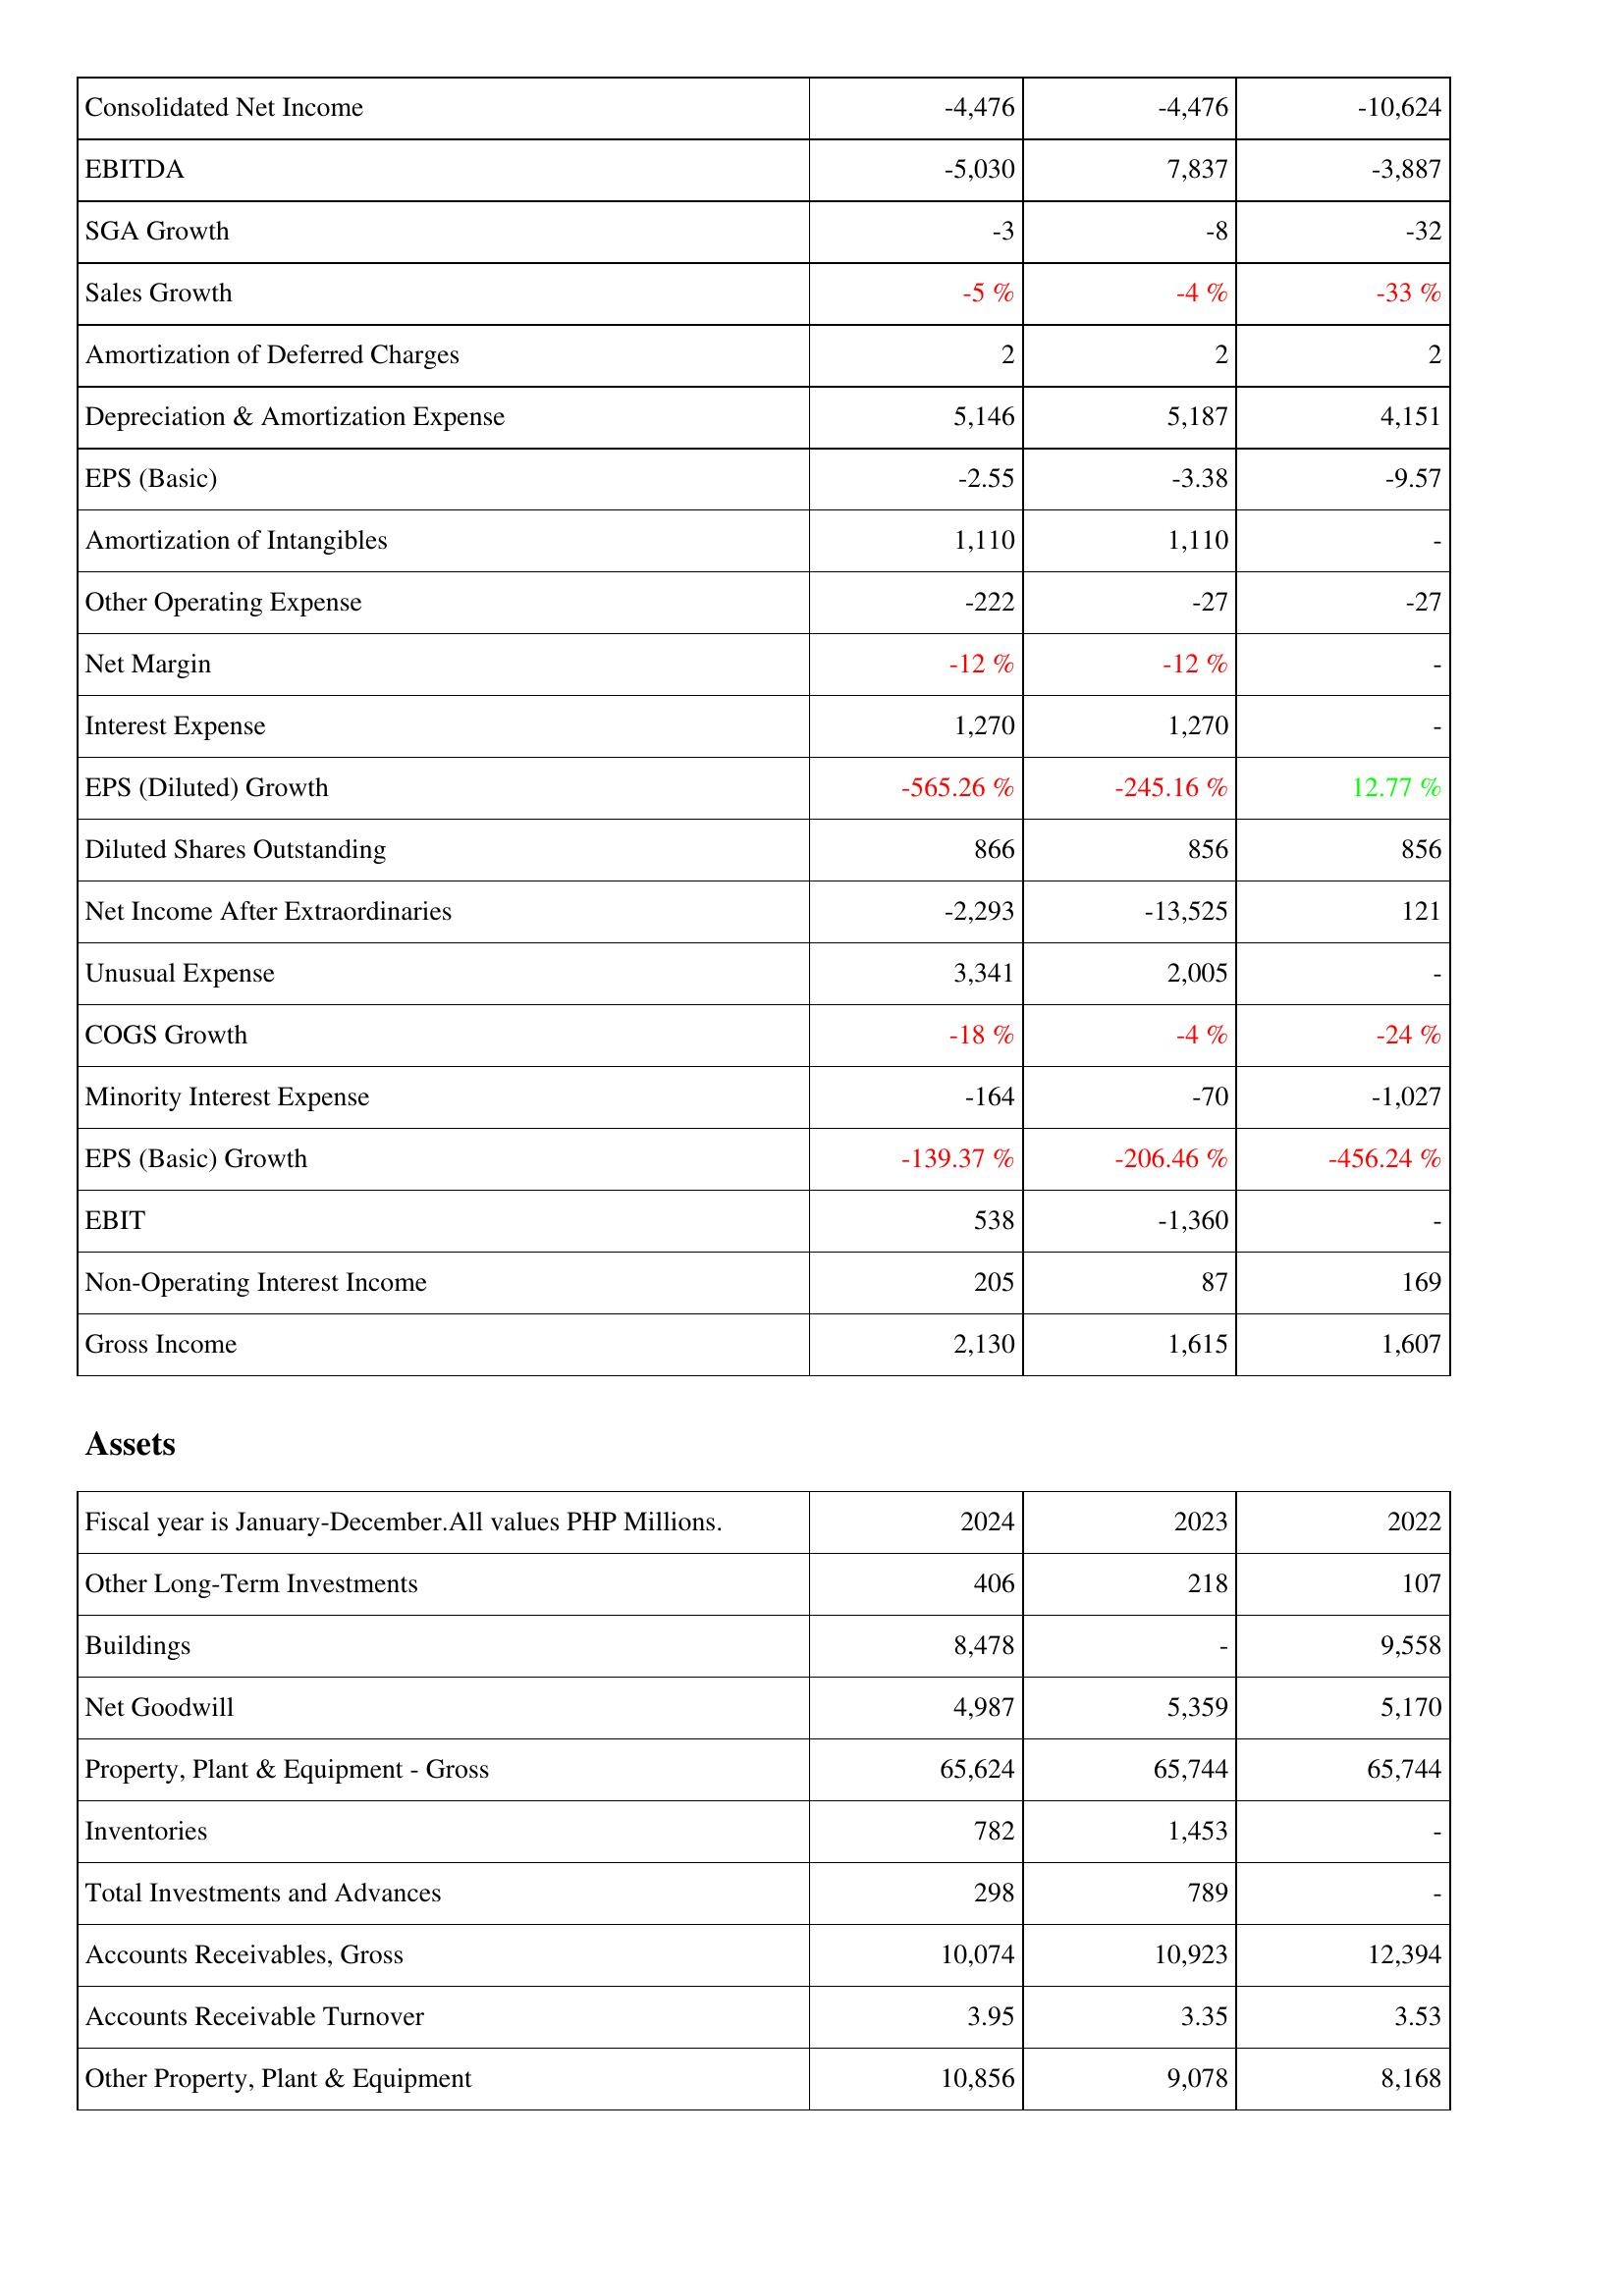
2024: Income Statement: Consolidated Net Income: -4,476
EBITDA: -5,030
SGA Growth: -3
Sales Growth: -5 %
Amortization of Deferred Charges: 2
Depreciation & Amortization Expense: 5,146
EPS (Basic): -2.55
Amortization of Intangibles: 1,110
Other Operating Expense: -222
Net Margin: -12 %
Interest Expense: 1,270
EPS (Diluted) Growth: -565.26 %
Diluted Shares Outstanding: 866
Net Income After Extraordinaries: -2,293
Unusual Expense: 3,341
COGS Growth: -18 %
Minority Interest Expense: -164
EPS (Basic) Growth: -139.37 %
EBIT: 538
Non-Operating Interest Income: 205
Gross Income: 2,130
Assets: Other Long-Term Investments: 406
Buildings: 8,478
Net Goodwill: 4,987
Property, Plant & Equipment - Gross: 65,624
Inventories: 782
Total Investments and Advances: 298
Accounts Receivables, Gross: 10,074
Accounts Receivable Turnover: 3.95
Other Property, Plant & Equipment: 10,856
2023: Income Statement: Consolidated Net Income: -4,476
EBITDA: 7,837
SGA Growth: -8
Sales Growth: -4 %
Amortization of Deferred Charges: 2
Depreciation & Amortization Expense: 5,187
EPS (Basic): -3.38
Amortization of Intangibles: 1,110
Other Operating Expense: -27
Net Margin: -12 %
Interest Expense: 1,270
EPS (Diluted) Growth: -245.16 %
Diluted Shares Outstanding: 856
Net Income After Extraordinaries: -13,525
Unusual Expense: 2,005
COGS Growth: -4 %
Minority Interest Expense: -70
EPS (Basic) Growth: -206.46 %
EBIT: -1,360
Non-Operating Interest Income: 87
Gross Income: 1,615
Assets: Other Long-Term Investments: 218
Buildings: -
Net Goodwill: 5,359
Property, Plant & Equipment - Gross: 65,744
Inventories: 1,453
Total Investments and Advances: 789
Accounts Receivables, Gross: 10,923
Accounts Receivable Turnover: 3.35
Other Property, Plant & Equipment: 9,078
2022: Income Statement: Consolidated Net Income: -10,624
EBITDA: -3,887
SGA Growth: -32
Sales Growth: -33 %
Amortization of Deferred Charges: 2
Depreciation & Amortization Expense: 4,151
EPS (Basic): -9.57
Amortization of Intangibles: -
Other Operating Expense: -27
Net Margin: -
Interest Expense: -
EPS (Diluted) Growth: 12.77 %
Diluted Shares Outstanding: 856
Net Income After Extraordinaries: 121
Unusual Expense: -
COGS Growth: -24 %
Minority Interest Expense: -1,027
EPS (Basic) Growth: -456.24 %
EBIT: -
Non-Operating Interest Income: 169
Gross Income: 1,607
Assets: Other Long-Term Investments: 107
Buildings: 9,558
Net Goodwill: 5,170
Property, Plant & Equipment - Gross: 65,744
Inventories: -
Total Investments and Advances: -
Accounts Receivables, Gross: 12,394
Accounts Receivable Turnover: 3.53
Other Property, Plant & Equipment: 8,168